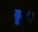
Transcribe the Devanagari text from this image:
बूल।